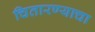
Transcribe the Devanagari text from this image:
चितारण्याचा